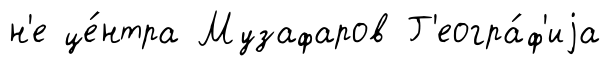
н'е це́нтра Музафаров Г'еогра́ф'иjа